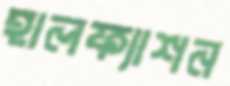
হালফ্যাশন